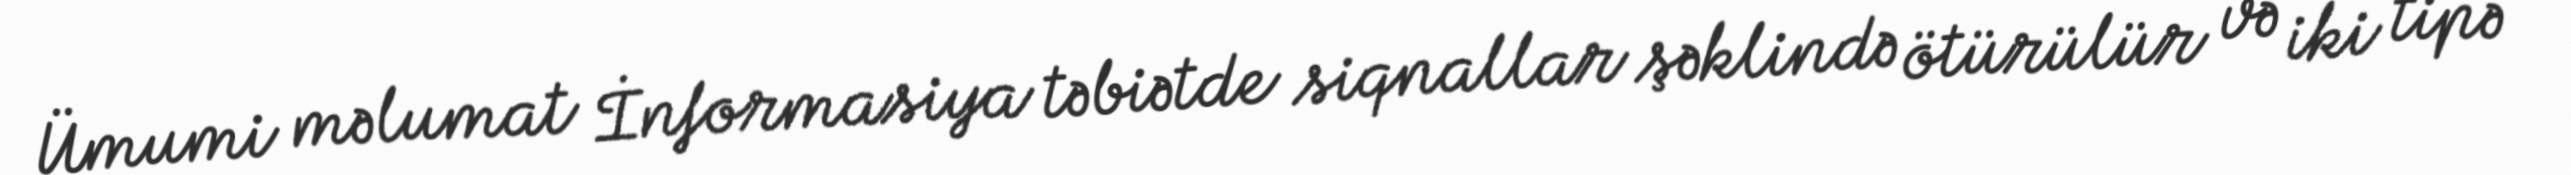
Ümumi məlumat İnformasiya təbiətde siqnallar şəklində ötürülür və iki tipə